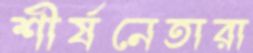
শীর্ষনেতারা